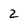
Character: 2